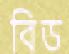
বিড